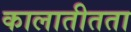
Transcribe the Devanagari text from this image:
कालातीतता